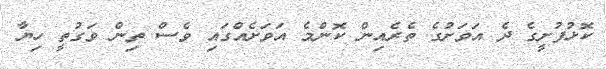
ކޮޅުފުށީގެ ދެ އަވަށުގެ ތެރެއިން ކޮންމެ އަވަށެއްގައި ވެސް ތިން ވަގުތީ ހިޔާ